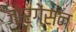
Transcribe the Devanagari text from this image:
जोर्गेंसन